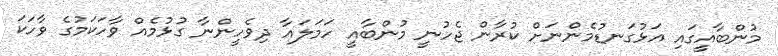
މުންބާއީގައި އަޅުގަނޑުމެންނަށް ކުރާން ޖެހުނީ މުންބާއީ ހަމަލައާ ދިވެހީންނާ ގުޅުމެއް ވާހަކަމުގެ ވާހަކަ